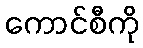
ကောင်စီကို